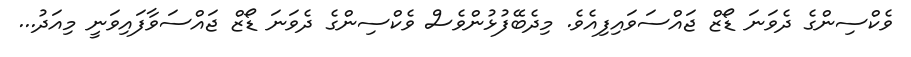
ވެކްސިންގެ ދެވަނަ ޑޯޒް ޖައްސަވައިފިއެވެ. މިދެބޭފުޅުންވެސް ވެކްސިންގެ ދެވަނަ ޑޯޒް ޖައްސަވާފައިވަނީ މިއަދު...